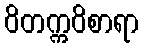
ဝိတက္ကဝိစာရာ